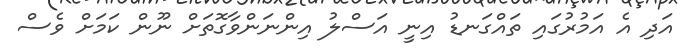
އަދި އެ އަމުރުގައި ތައްގަނޑު އިނީ އަސްލު އިންނަންވާގޮތަށް ނޫން ކަމަށް ވެސް